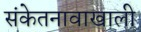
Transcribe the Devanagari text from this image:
संकेतनावाखाली